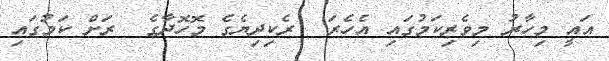
އައީ މިހާރު މިވެރިކަމުގައި އެހެރަ  ރެކިދިޔެގެ މޮހޮދާގެ  ރަށް ކަމުގައި